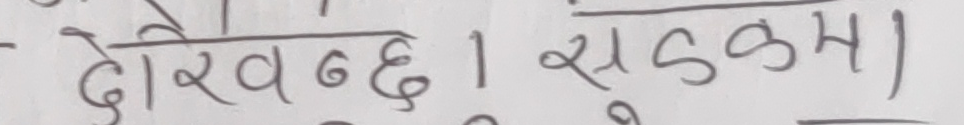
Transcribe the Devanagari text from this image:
देखिन्छ । सडकमा